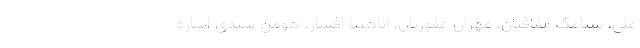
علی، سیامک اتفاقیان، مهران غفوریان، آناهیتا افشار، هومن سیدی اشاره